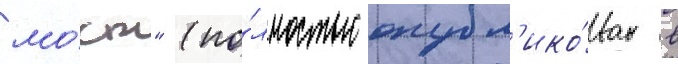
мо́ст" (по́лностью опубл'ико́ван в